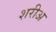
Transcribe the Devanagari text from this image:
शरीअ